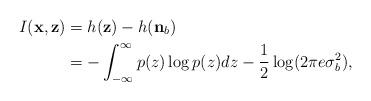
LaTeX: \begin{align*}I(\mathbf{x},\mathbf{z}) &= h(\mathbf{z}) - h(\mathbf{n}_b) \\&= -\int_{-\infty}^{\infty} p(z) \log p(z) dz - \frac{1}{2}\log(2 \pi e \sigma_b^2),\end{align*}